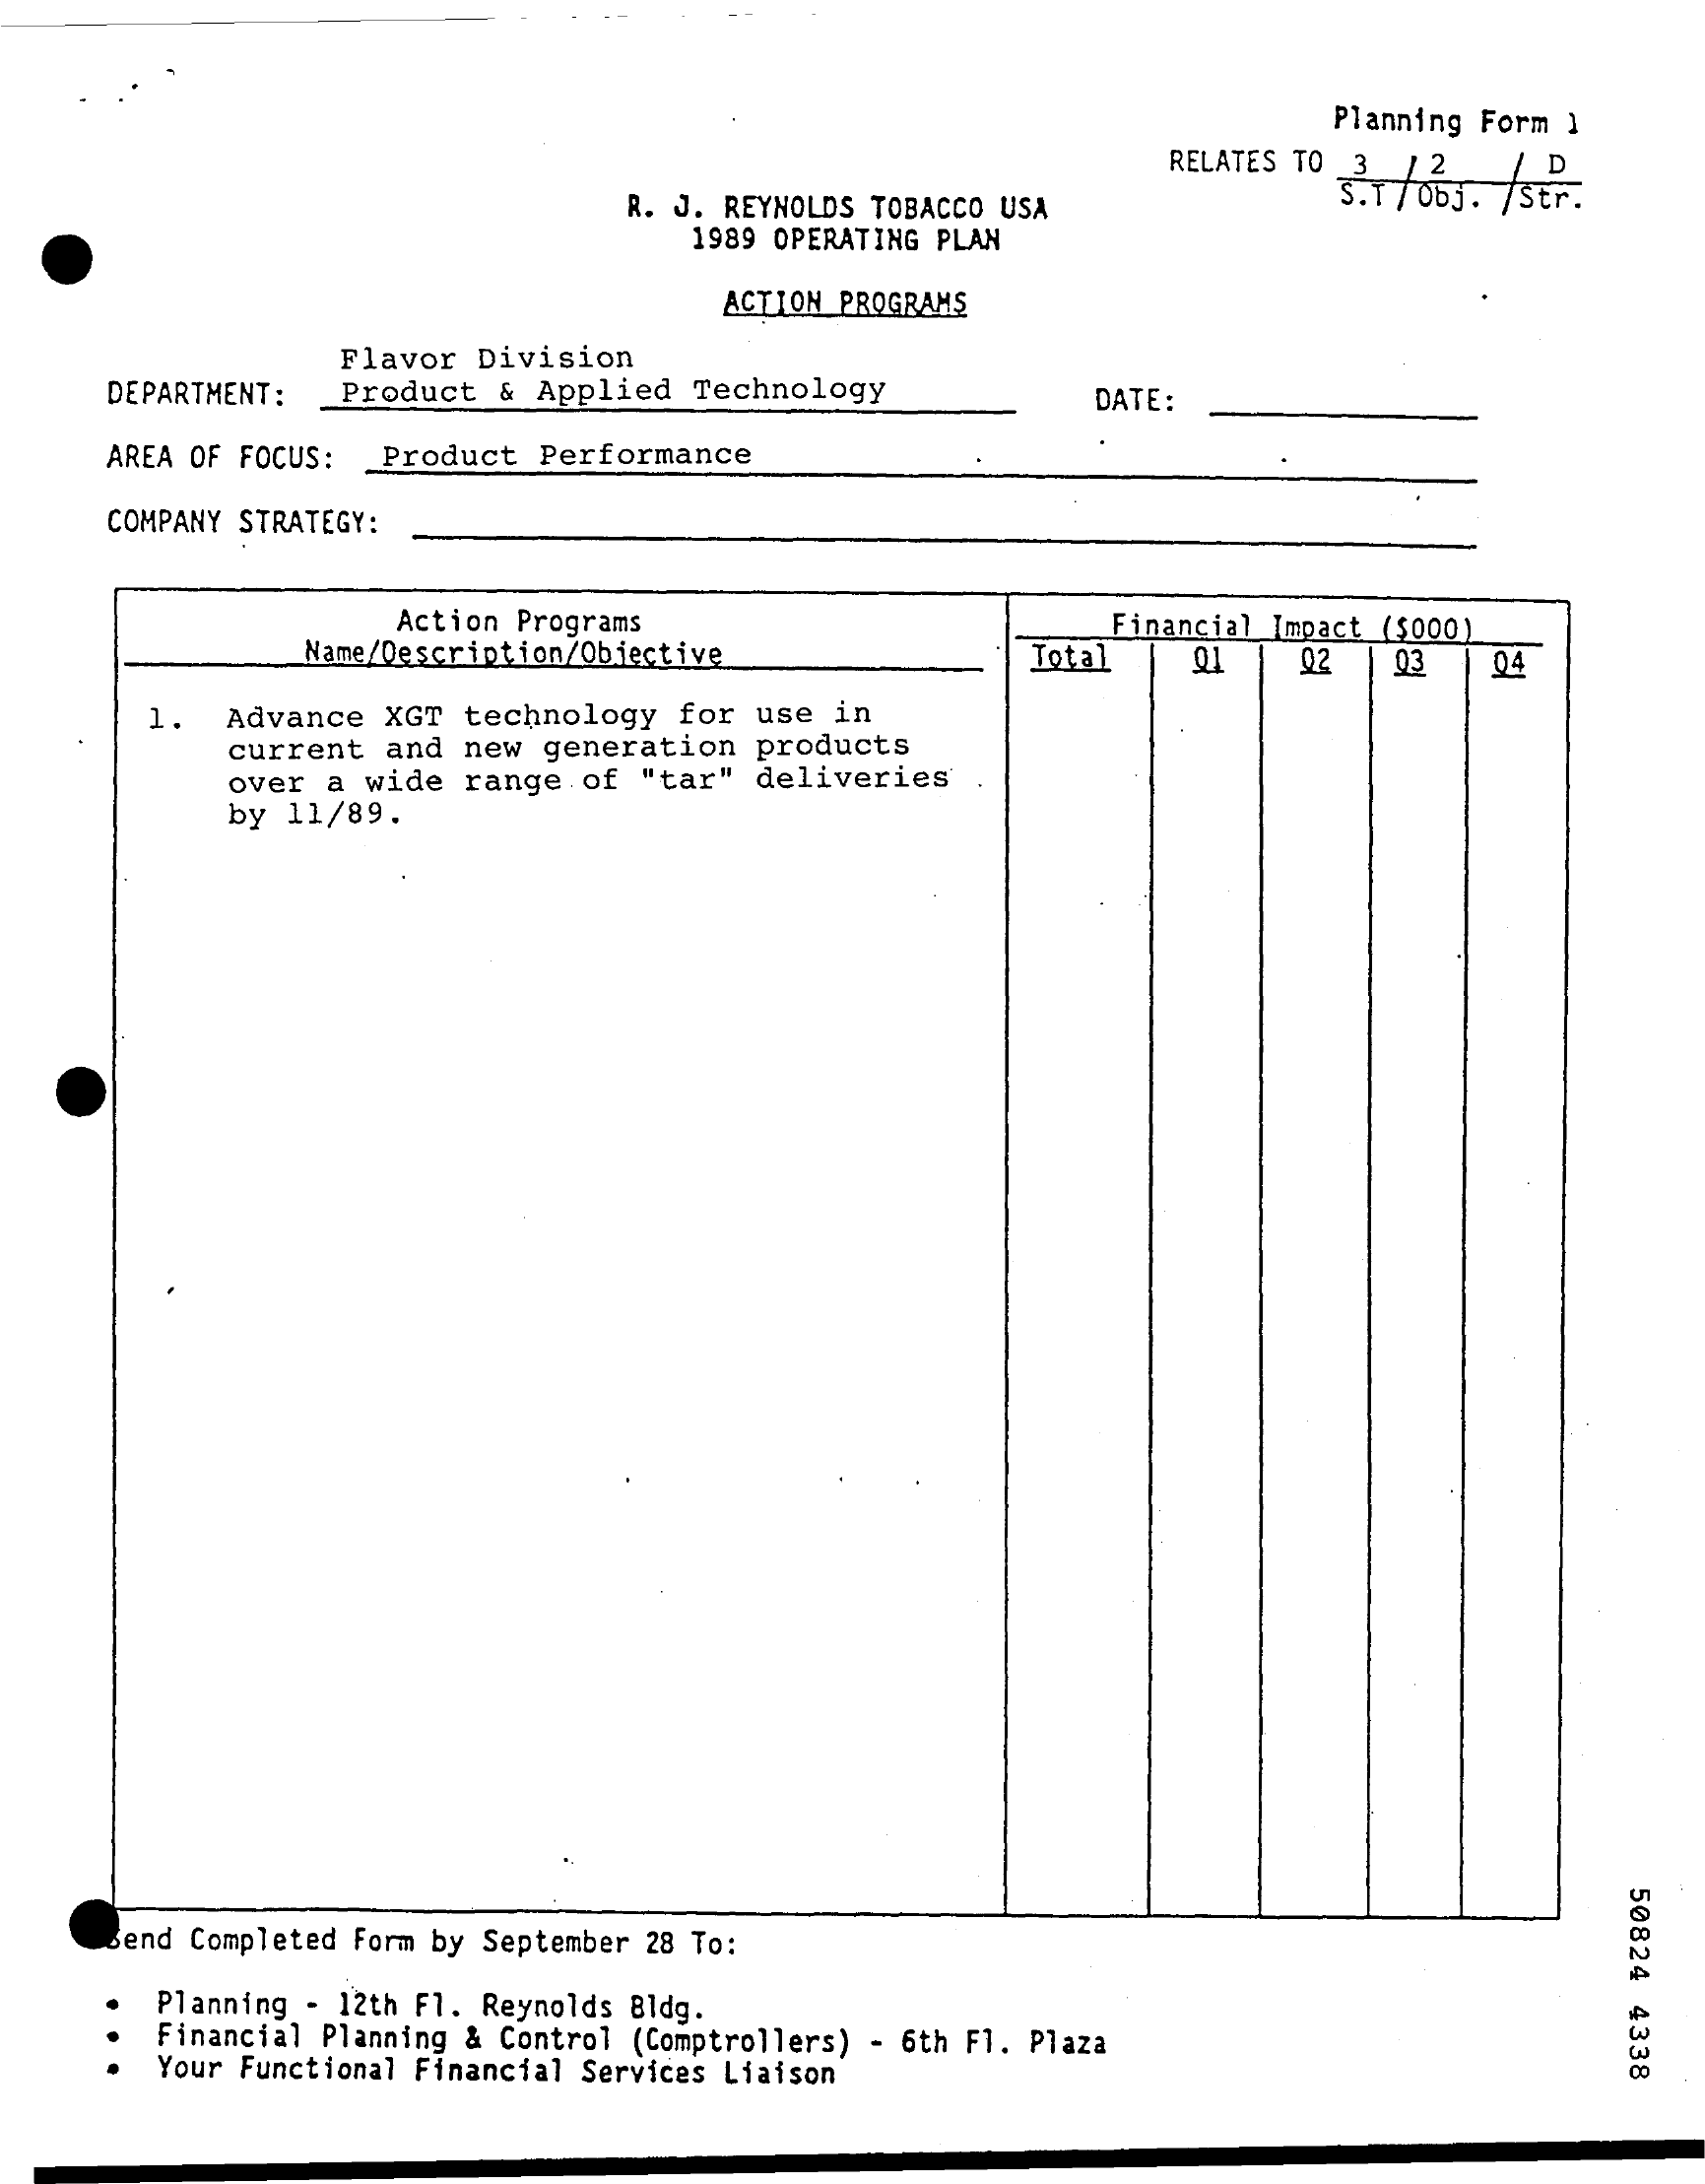
Planning Form 1
     RELATES TO 3 / 2  /  D
     R. J. REYNOLDS TOBACCO USA
     S.T/ 063. /Str.
     1989 OPERATING PLAN
     ACTION PROGRAMS
     Flavor Division
     DEPARTMENT : Product & Applied Technology    DATE:
     AREA OF FOCUS: Product Performance
     COMPANY STRATEGY:
     Action Programs
     Name/Description/Objective
     Financial Impact ($000)
     Total    01    02   03   04
     1.  Advance  XGT technology for use  in
     current  and new generation products
     over  a wide range of "tar" deliveries
     by 11/89.
     50824
     4338
     Send Completed Form by September 28 To:
     Planning - 12th F1. Reynolds Bldg.
     Financial Planning & Control (Comptrollers) - 6th Fl. Plaza
     Your Functional Financial Services Liaison